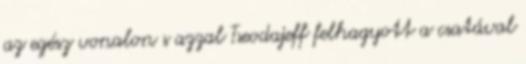
az egész vonalon s azzal Tseodajeff felhagyott a csatával